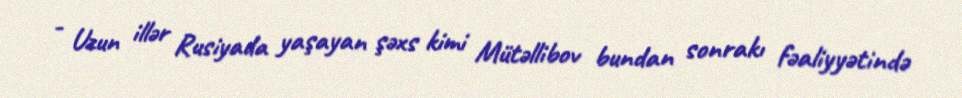
- Uzun illər Rusiyada yaşayan şəxs kimi Mütəllibov bundan sonrakı fəaliyyətində